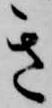
き